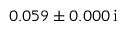
\hphantom { - } 0 . 0 5 9 \pm 0 . 0 0 0 \, \mathrm { i }